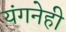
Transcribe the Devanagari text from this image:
यंगनेही